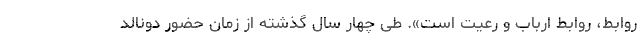
روابط، روابط ارباب و رعیت است». طی چهار سال گذشته از زمان حضور دونالد